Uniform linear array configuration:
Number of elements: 64
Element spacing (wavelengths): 1
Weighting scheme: blackman
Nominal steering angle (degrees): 60
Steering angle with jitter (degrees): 60.99
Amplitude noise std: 0.05
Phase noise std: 0.05

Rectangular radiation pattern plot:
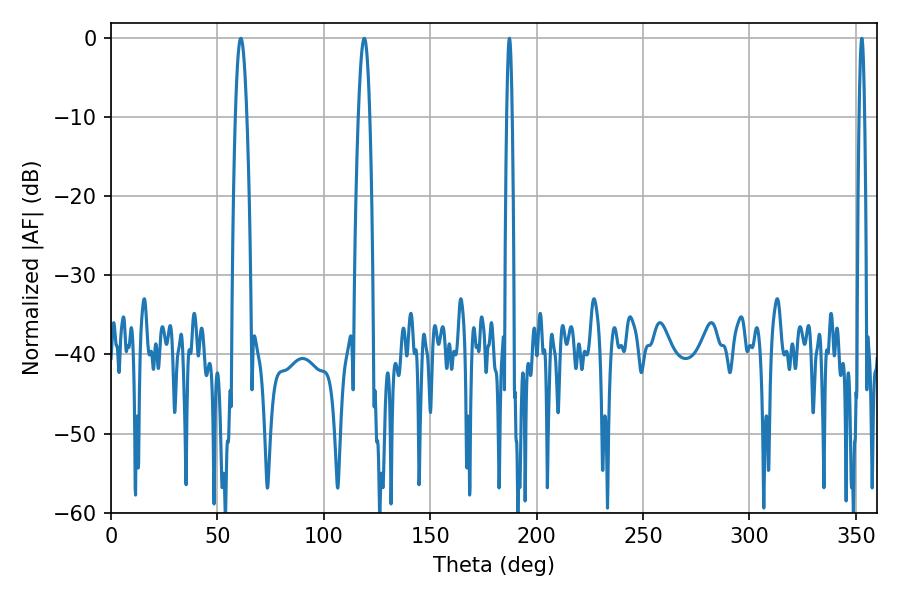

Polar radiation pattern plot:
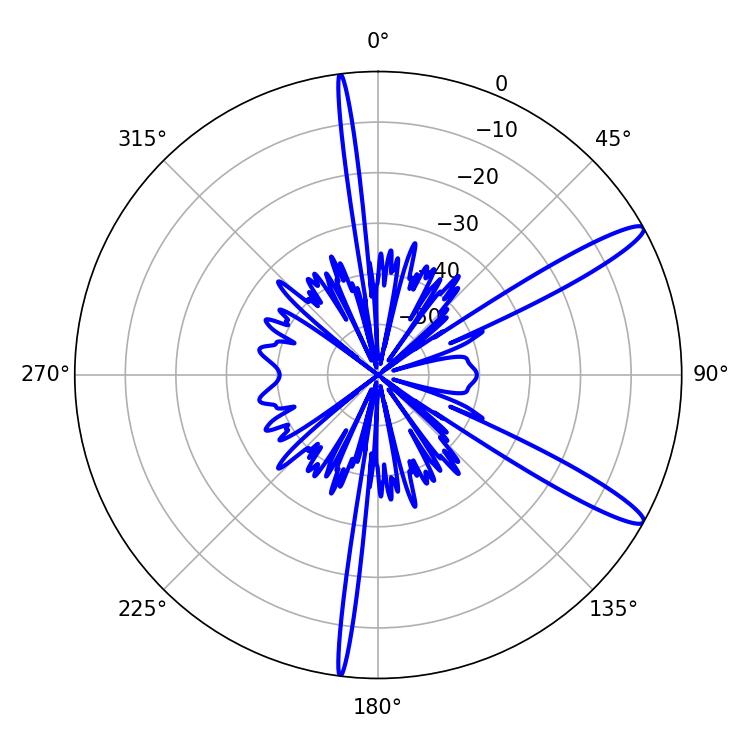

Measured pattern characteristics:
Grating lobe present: TRUE
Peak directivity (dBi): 13.391
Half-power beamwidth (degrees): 1.44
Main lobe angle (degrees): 187.2